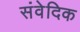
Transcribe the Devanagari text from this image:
संवेदिक